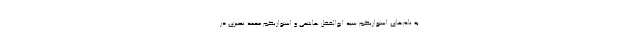
به نام‌های استواریکم‌ سید ابوالفضل هاشمی و استواریکم محمد نصیری در